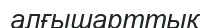
алғышарттық